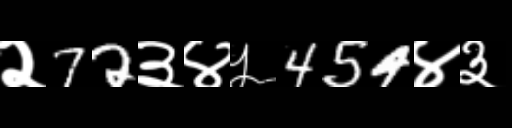
Text: २72३४५454४३